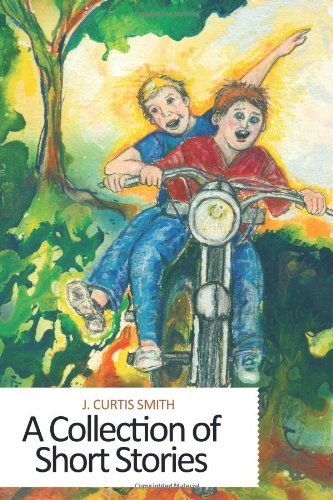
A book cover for A Collection of Short Stories; J. Curtis Smith; Religion & Spirituality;